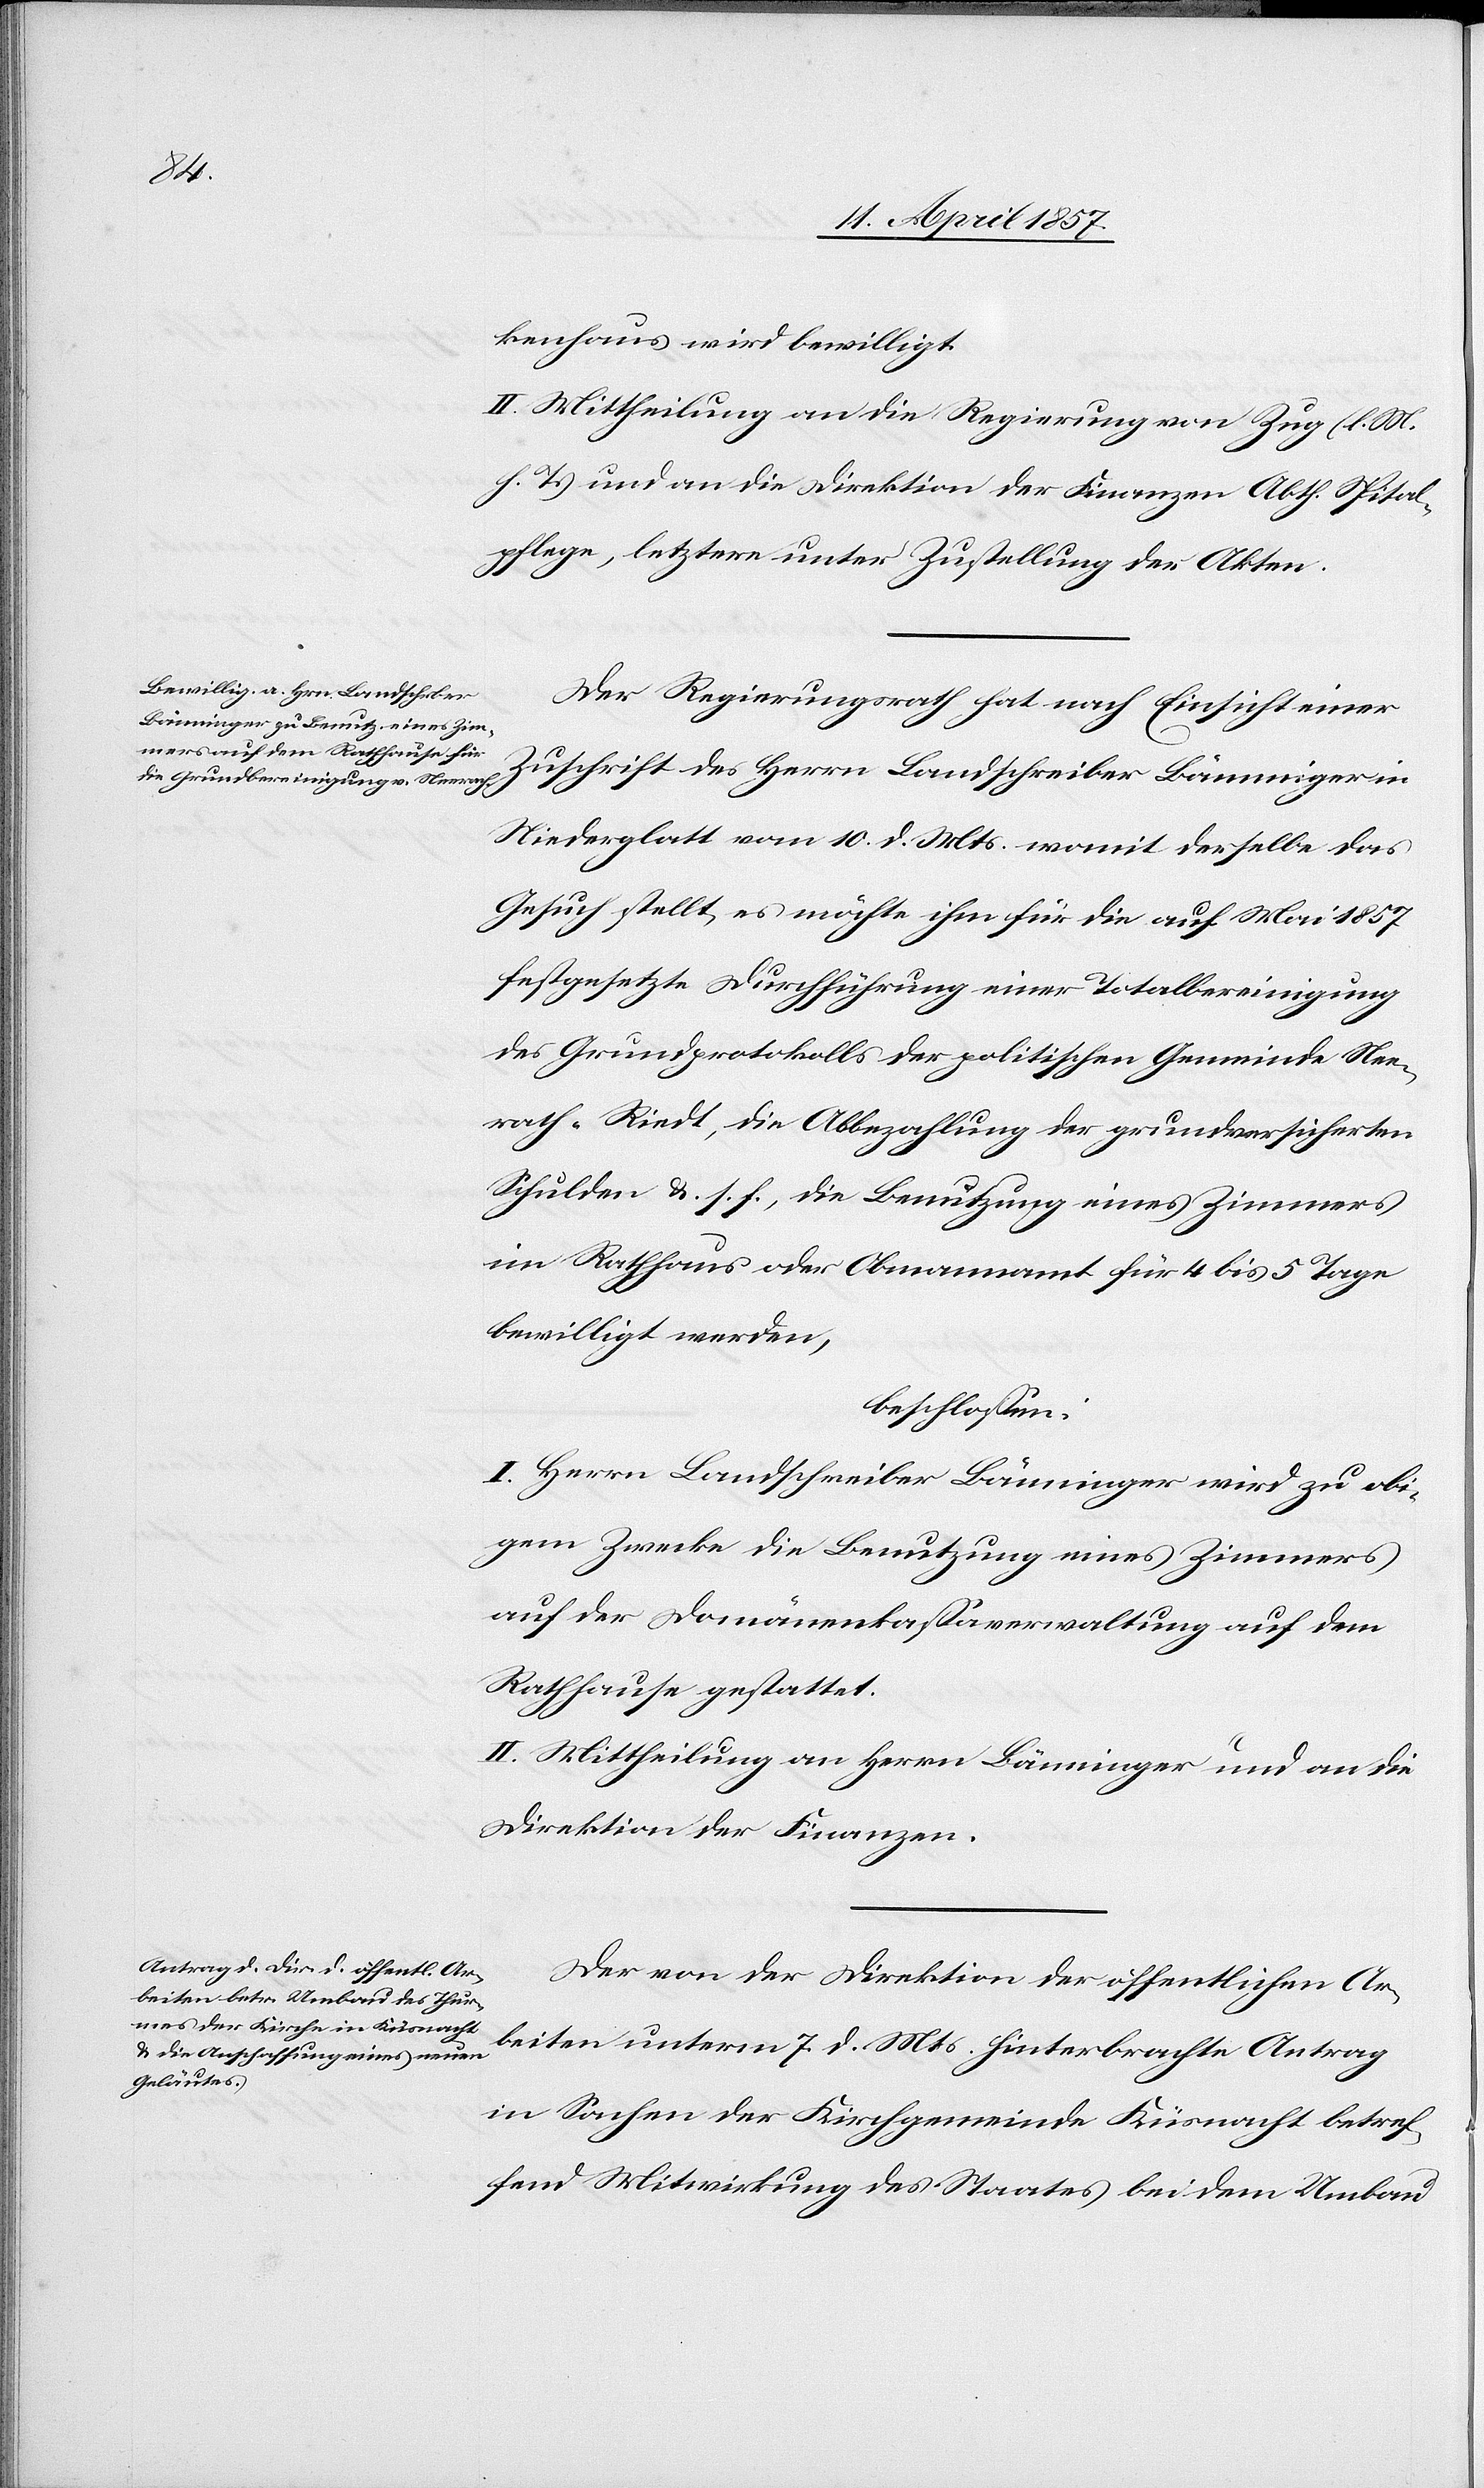
kenhaus wird bewilligt.
II. Mittheilung an die Regierung von Zug (l. M.
h. T.) und an die Direktion der Finanzen Abth. Spital¬
pflege, letztere unter Zustellung der Akten.
Der Regierungsrath hat nach Einsicht einer
Zuschrift des Herrn Landschreiber Bänninger in
Niederglatt vom 10. d. Mts. womit derselbe das
Gesuch stellt, es möchte ihm für die auf Mai 1857
festgesetzte Durchführung einer Totalbereinigung
des Grundprotokolls der politischen Gemeinde Nee¬
rach-Riedt, die Abbezahlung der grundversicherten
Schulden &. s. f., die Benutzung eines Zimmers
im Rathhaus oder Obmannamt für 4 bis 5 Tage
bewilligt werden,
beschlossen:
I. Herrn Landschreiber Bänninger wird zu obi¬
gem Zwecke die Benutzung eines Zimmers
auf der Domänenkassaverwaltung auf dem
Rathhause gestattet.
II. Mittheilung an Herrn Bänninger und an die
Direktion der Finanzen.
Der von der Direktion der öffentlichen Ar¬
beiten unterm 7. d. Mts. hinterbrachte Antrag
in Sachen der Kirchgemeinde Küsnacht betref¬
fend Mitwirkung des Staates bei dem Umbau